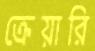
ক্রেয়ারি